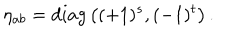
\eta _ { a b } = d i a g \left( ( + 1 ) ^ { s } , ( - 1 ) ^ { t } \right) .